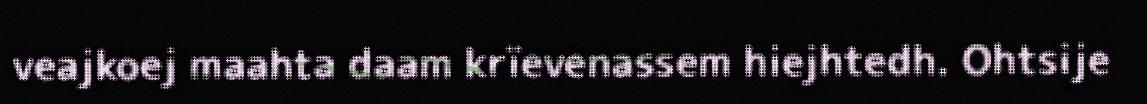
veajkoej maahta daam krïevenassem hiejhtedh. Ohtsije